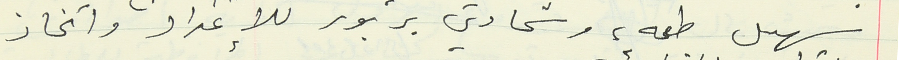
سهيل طعمه، وشحادي بربور للإعداد واتخاذ